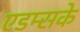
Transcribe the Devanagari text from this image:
एडम्सके